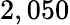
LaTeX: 2,050